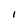
Character: I